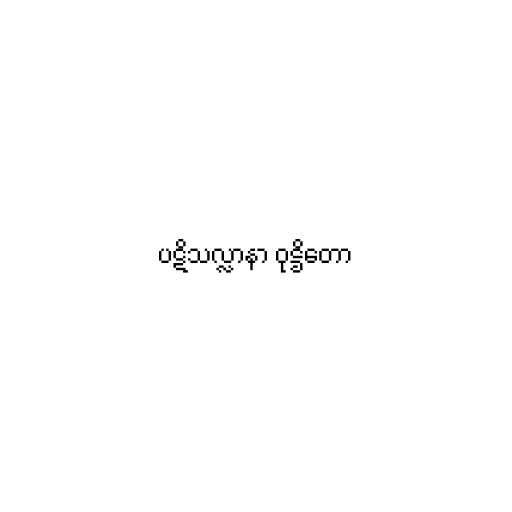
ပဋိသလ္လာနာ ဝုဋ္ဌိတော